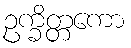
ဥက္ခိတ္တကော